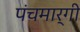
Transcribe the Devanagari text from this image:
पंचमार्गी